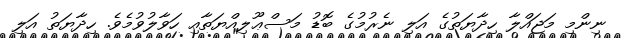
ނިންމި މަޖައްލާ ހިދާޔަތުގެ އަލި ނެރުމުގެ ބޮޑު މަސްޢޫލިއްޔަތާއި ހަވާލުވުމެވެ. ހިދާޔަތު އަލި